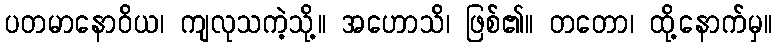
ပတမာနောဝိယ၊ ကျလုသကဲ့သို့။ အဟောသိ၊ ဖြစ်၏။ တတော၊ ထို့နောက်မှ။